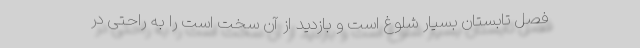
فصل تابستان بسیار شلوغ است و بازدید از آن سخت است را به راحتی در